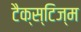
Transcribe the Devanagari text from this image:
टैक्स्टिज्म